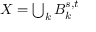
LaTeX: \textstyle X = \bigcup _ { k } B _ { k } ^ { s , t }